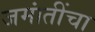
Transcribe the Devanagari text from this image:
जमांतींचा